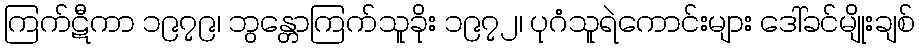
ကြက်ဋီကာ ၁၉၇၉၊ ဘွန္တောကြက်သူခိုး ၁၉၇၂၊ ပုဂံသူရဲကောင်းများ ဒေါ်ခင်မျိုးချစ်